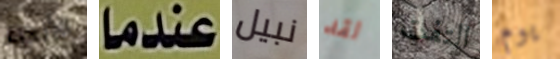
الأنحاء عندما نبيل لقد التفت يوم